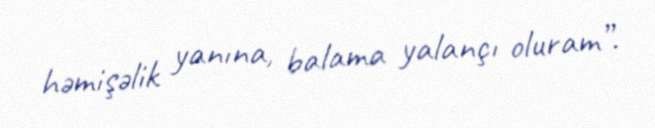
həmişəlik yanına, balama yalançı oluram”.